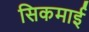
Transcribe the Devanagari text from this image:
सिकमाई